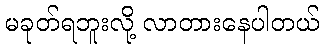
မခုတ်ရဘူးလို့ လာတားနေပါတယ်